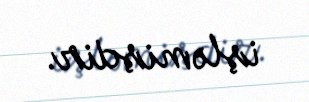
işləmişdir.